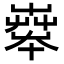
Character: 𡴨